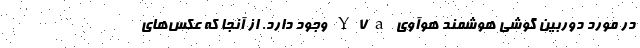
در مورد دوربین گوشی هوشمند هوآوی Y7a وجود دارد. از آنجا که عکس‌های